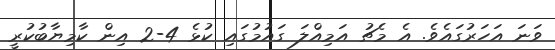
ވަނަ އަހަރުގައެވެ. އެ މެޗު އަމިއްލަ ގައުމުގައި ކުޅެ 4-2 އިން ކާމިޔާބުކުރީ